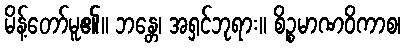
မိန့်တော်မူ၏။ ဘန္တေ၊ အရှင်ဘုရား။ စိဉ္စမာဏဝိကာစ၊